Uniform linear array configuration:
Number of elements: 24
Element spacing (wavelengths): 0.5
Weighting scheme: blackman
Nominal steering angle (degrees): -30
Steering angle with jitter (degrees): -29.689
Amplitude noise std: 0.05
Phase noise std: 0.05

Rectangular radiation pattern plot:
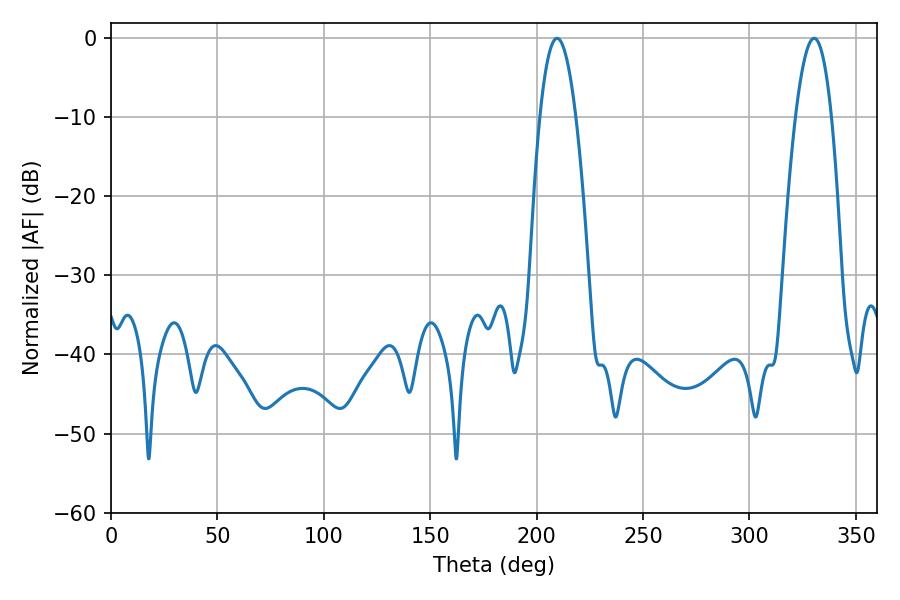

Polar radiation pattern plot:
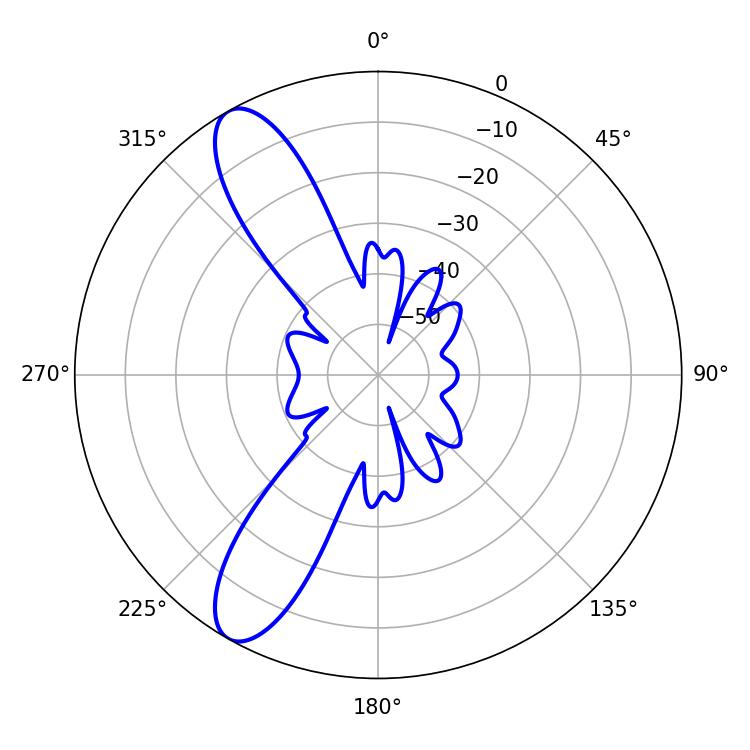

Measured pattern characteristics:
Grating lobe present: FALSE
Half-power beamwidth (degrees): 9.36
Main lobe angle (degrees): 330.48